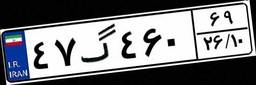
۴۷گ۴۶۰۶۹